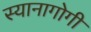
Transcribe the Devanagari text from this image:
स्यानागोगी